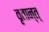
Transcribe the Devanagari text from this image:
वृतान्त्